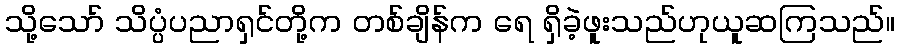
သို့သော် သိပ္ပံပညာရှင်တို့က တစ်ချိန်က ရေ ရှိခဲ့ဖူးသည်ဟုယူဆကြသည်။